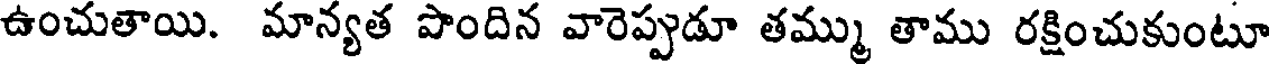
ఉంచుతాయి. మాన్యత పొందిన వారెప్పుడూ తమ్ము తాము రక్షించుకుంటూ